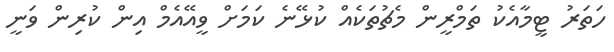
ހަތަރު ޓީމާއެކު ތަމްރީން މެޗުތަކެއް ކުޅޭނެ ކަމަށް ވީއޭއެމް އިން ކުރިން ވަނީ